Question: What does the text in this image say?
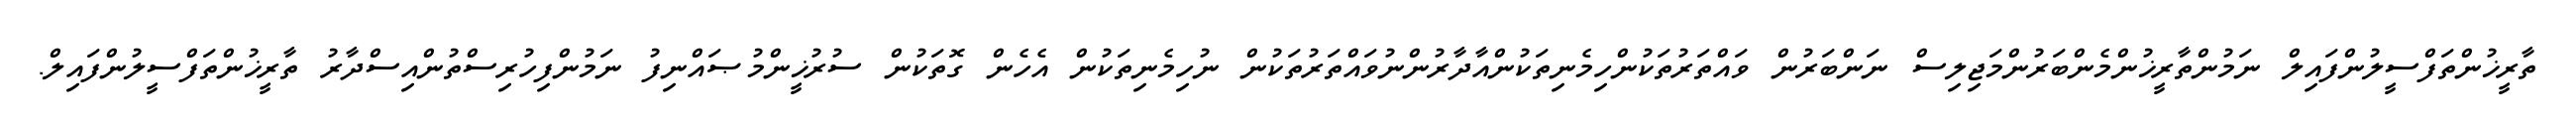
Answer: ތާރީޚުންތަފްސީލުންފައިލް ނަމުންތާރީޚުންމެންބަރުންމަޖިލިސް ނަންބަރުން ވައްތަރުތަކުންހިމެނިތަކުންއާދާރުންނުވައްތަރުތަކުން ނުހިމެނިތަކުން އެހެން ގޮތަކުން ސުރުޚީންމުޞައްނިފު ނަމުންފިހުރިސްތުންއިސްދާރު ތާރީޚުންތަފްސީލުންފައިލް.